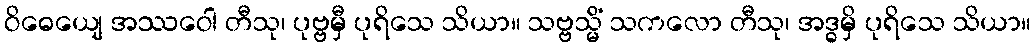
ဝိဓေယျေ အဿဝေါ တီသု၊ ပုဗ္ဗမှီ ပုရိသေ သိယာ။ သဗ္ဗသ္မိံ သကလော တီသု၊ အဒ္ဓမှိ ပုရိသေ သိယာ။